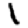
Digit: 1